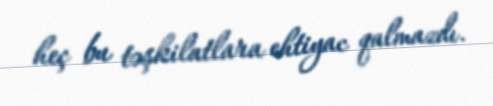
heç bu təşkilatlara ehtiyac qalmazdı.